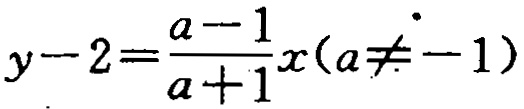
\(y - 2 = \frac{a - 1}{a + 1}x(a\neq - 1)\)